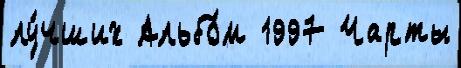
лу́чших Альбо́м 1997 Чарты